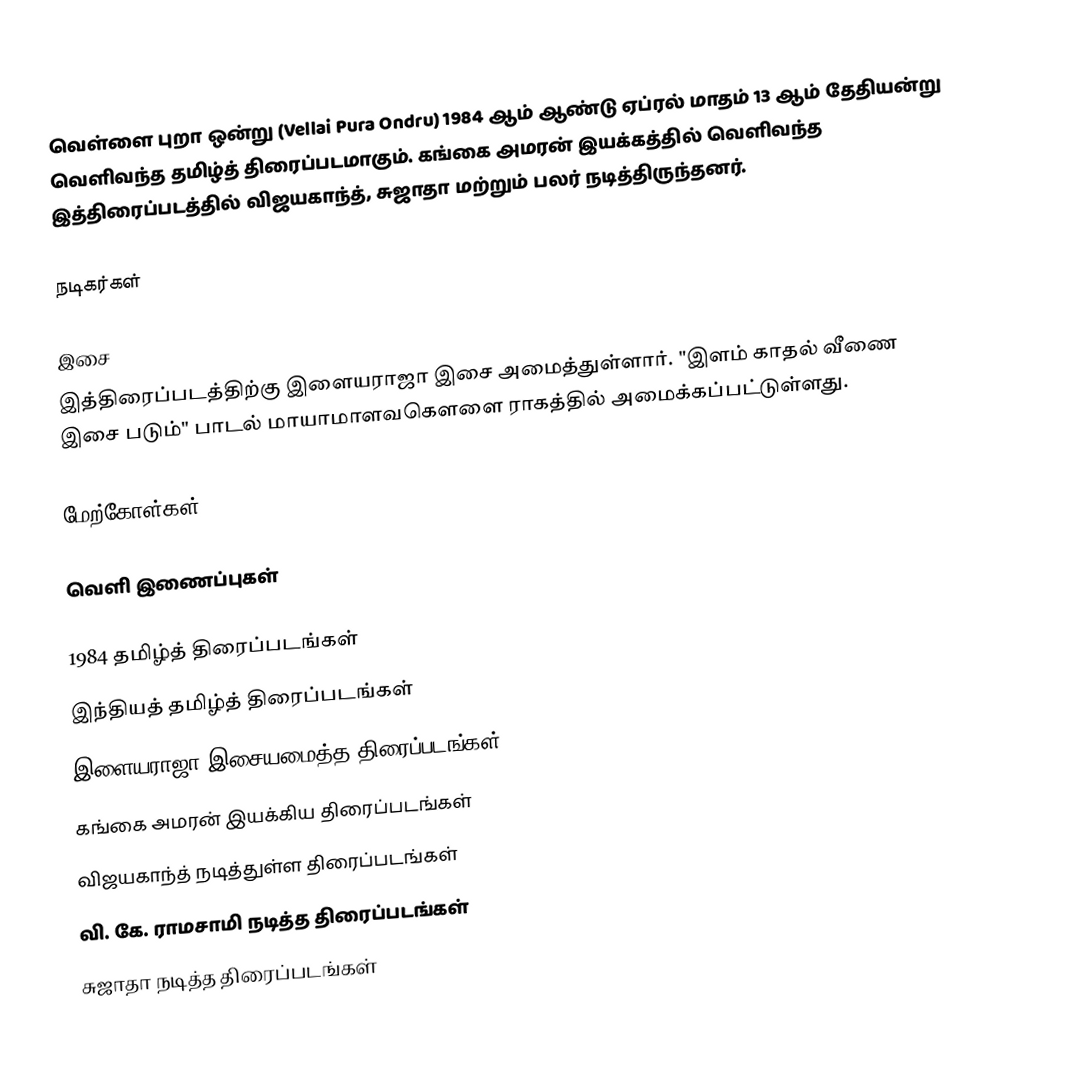
வெள்ளை புறா ஒன்று (Vellai Pura Ondru) 1984 ஆம் ஆண்டு ஏப்ரல் மாதம் 13 ஆம் தேதியன்று வெளிவந்த தமிழ்த் திரைப்படமாகும். கங்கை அமரன் இயக்கத்தில் வெளிவந்த இத்திரைப்படத்தில் விஜயகாந்த், சுஜாதா மற்றும் பலர் நடித்திருந்தனர்.

நடிகர்கள்

இசை
இத்திரைப்படத்திற்கு இளையராஜா இசை அமைத்துள்ளார். "இளம் காதல் வீணை இசை படும்" பாடல் மாயாமாளவகௌளை ராகத்தில் அமைக்கப்பட்டுள்ளது.

மேற்கோள்கள்

வெளி இணைப்புகள்

1984 தமிழ்த் திரைப்படங்கள்
இந்தியத் தமிழ்த் திரைப்படங்கள்
இளையராஜா இசையமைத்த திரைப்படங்கள்
கங்கை அமரன் இயக்கிய திரைப்படங்கள்
விஜயகாந்த் நடித்துள்ள திரைப்படங்கள்
வி. கே. ராமசாமி நடித்த திரைப்படங்கள்
சுஜாதா நடித்த திரைப்படங்கள்